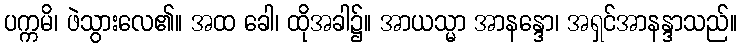
ပက္ကမိ၊ ဖဲသွားလေ၏။ အထ ခေါ၊ ထိုအခါ၌။ အာယသ္မာ အာနန္ဒော၊ အရှင်အာနန္ဒာသည်။